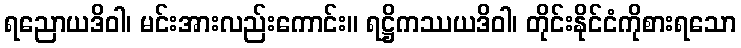
ရညောယဒိဝါ၊ မင်းအားလည်းကောင်း။ ရဋ္ဌိကဿယဒိဝါ၊ တိုင်းနိုင်ငံကိုစားရသော